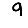
Digit: 9